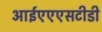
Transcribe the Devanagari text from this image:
आईएएएसटीडी